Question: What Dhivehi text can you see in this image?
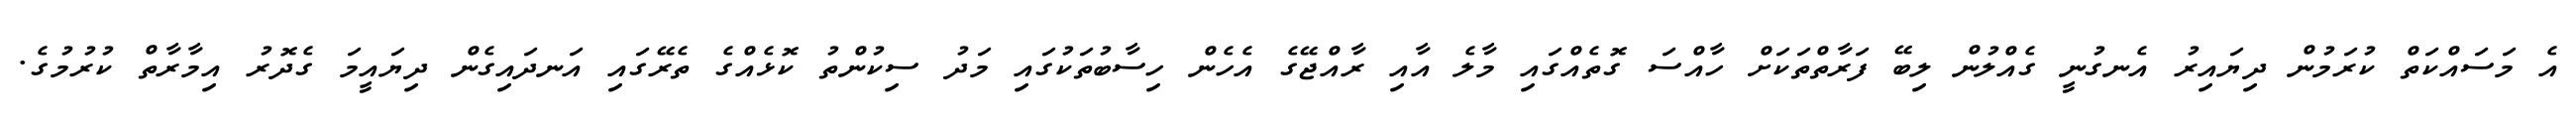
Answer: އެ މަސައްކަތް ކުރަމުން ދިޔައިރު އެނގުނީ ގެއްލުން ލިބޭ ފަރާތްތަކަށް ހާއްސަ ގޮތެއްގައި މާލެ އާއި ރާއްޖޭގެ އެހެން ހިސާބުތަކުގައި މަދު ސިކުންތު ކޮޅެއްގެ ތެރޭގައި އަނދައިގެން ދިޔައީމަ ގެދޮރު އިމާރާތް ކުރުމުގެ.